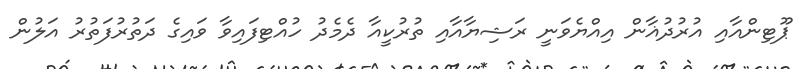
ޕޫޓިންއާއި އުރުދުޣާން އިއްޔެވަނީ ރަޝިޔާއާއި ތުރުކީއާ ދެމެދު ހުއްޓިފައިވާ ވައިގެ ދަތުރުފަތުރު އަލުން